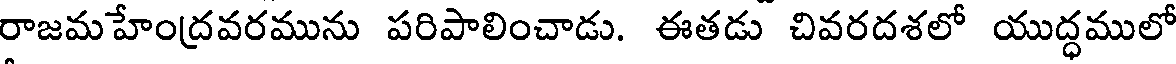
రాజమహేంద్రవరమును పరిపాలించాడు. ఈతడు చివరదశలో యుద్ధములో